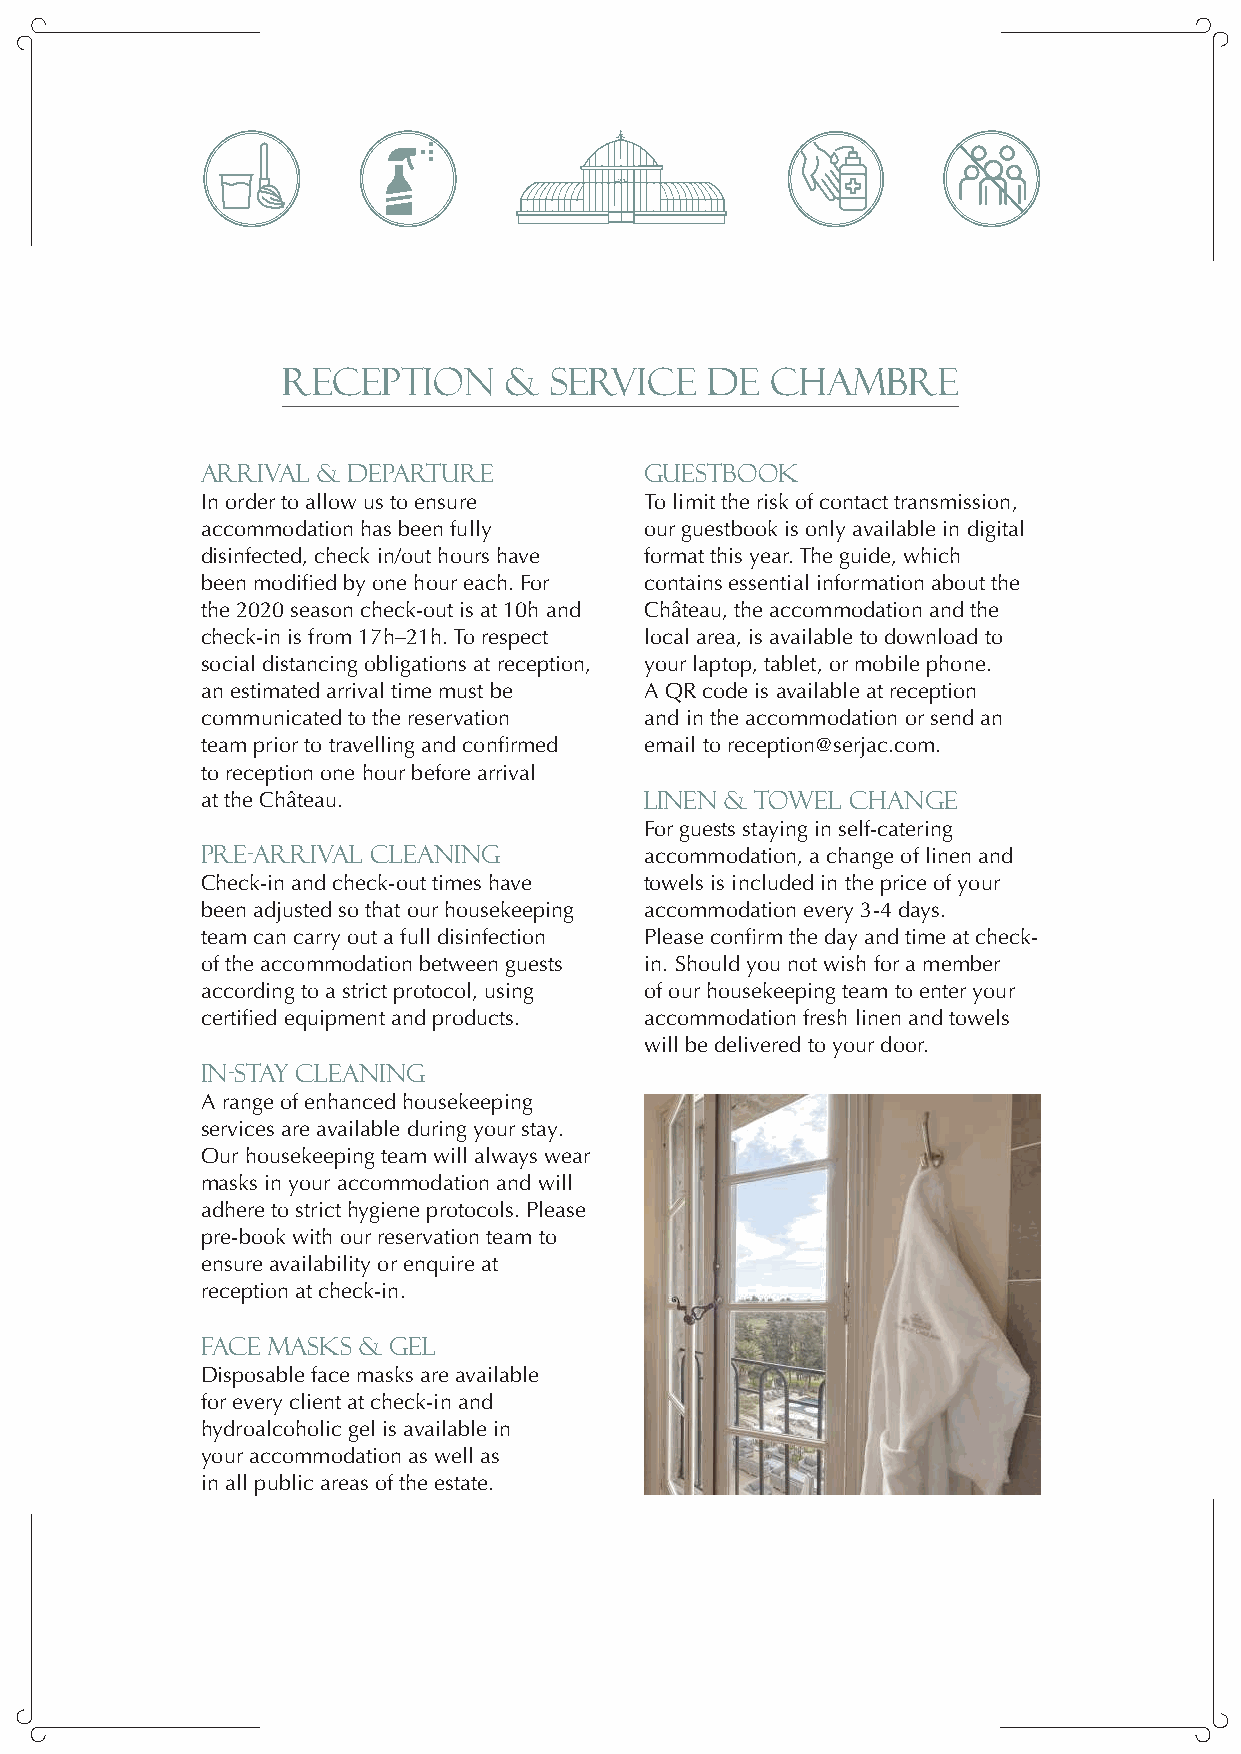
C                    C
 HÂTEAU              ARRASSES
 LES
 q
 RECEPTION     &  SERVICE    DE  CHAMBRE
 ARRIVAL & DEPARTURE           GUESTBOOK
 In order to allow us to ensure To limit the risk of contact transmission,
 accommodation has been fully  our guestbook is only available in digital
 disinfected, check in/out hours have format this year. The guide, which
 been modified by one hour each. For contains essential information about the
 the 2020 season check-out is at 10h and Château, the accommodation and the
 check-in is from 17h–21h. To respect local area, is available to download to
 social distancing obligations at reception, your laptop, tablet, or mobile phone.
 an estimated arrival time must be A QR code is available at reception
 communicated to the reservation and in the accommodation or send an
 team prior to travelling and confirmed email to reception@serjac.com.
 to reception one hour before arrival
 at the Château.               LINEN & TOWEL CHANGE
 For guests staying in self-catering
 PRE-ARRIVAL CLEANING          accommodation, a change of linen and
 Check-in and check-out times have towels is included in the price of your
 been adjusted so that our housekeeping accommodation every 3-4 days.
 team can carry out a full disinfection Please confirm the day and time at check-
 of the accommodation between guests in. Should you not wish for a member
 according to a strict protocol, using of our housekeeping team to enter your
 certified equipment and products. accommodation fresh linen and towels
 will be delivered to your door.
 IN-STAY CLEANING
 A range of enhanced housekeeping
 services are available during your stay.
 Our housekeeping team will always wear
 masks in your accommodation and will
 adhere to strict hygiene protocols. Please
 pre-book with our reservation team to
 ensure availability or enquire at
 reception at check-in.
 FACE MASKS & GEL
 Disposable face masks are available
 for every client at check-in and
 hydroalcoholic gel is available in
 your accommodation as well as
 in all public areas of the estate.